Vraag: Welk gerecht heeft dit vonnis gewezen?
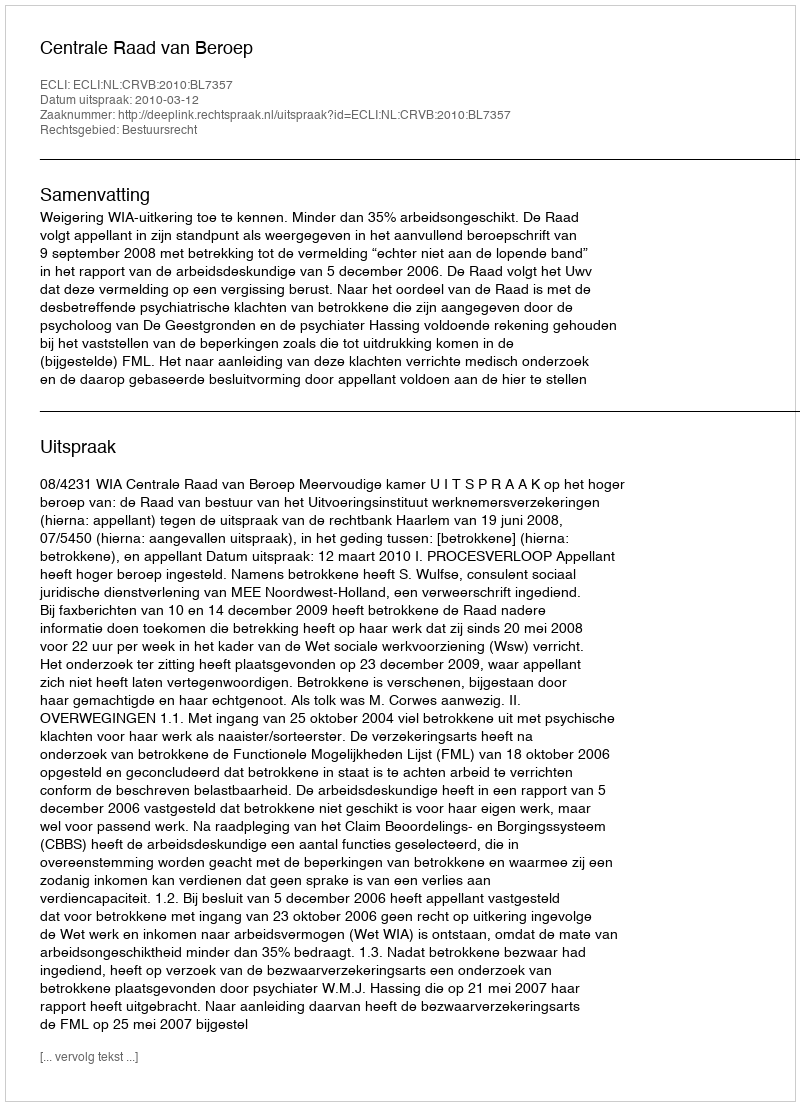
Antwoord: Centrale Raad van Beroep